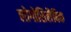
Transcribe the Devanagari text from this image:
लोगोसिलैबिक